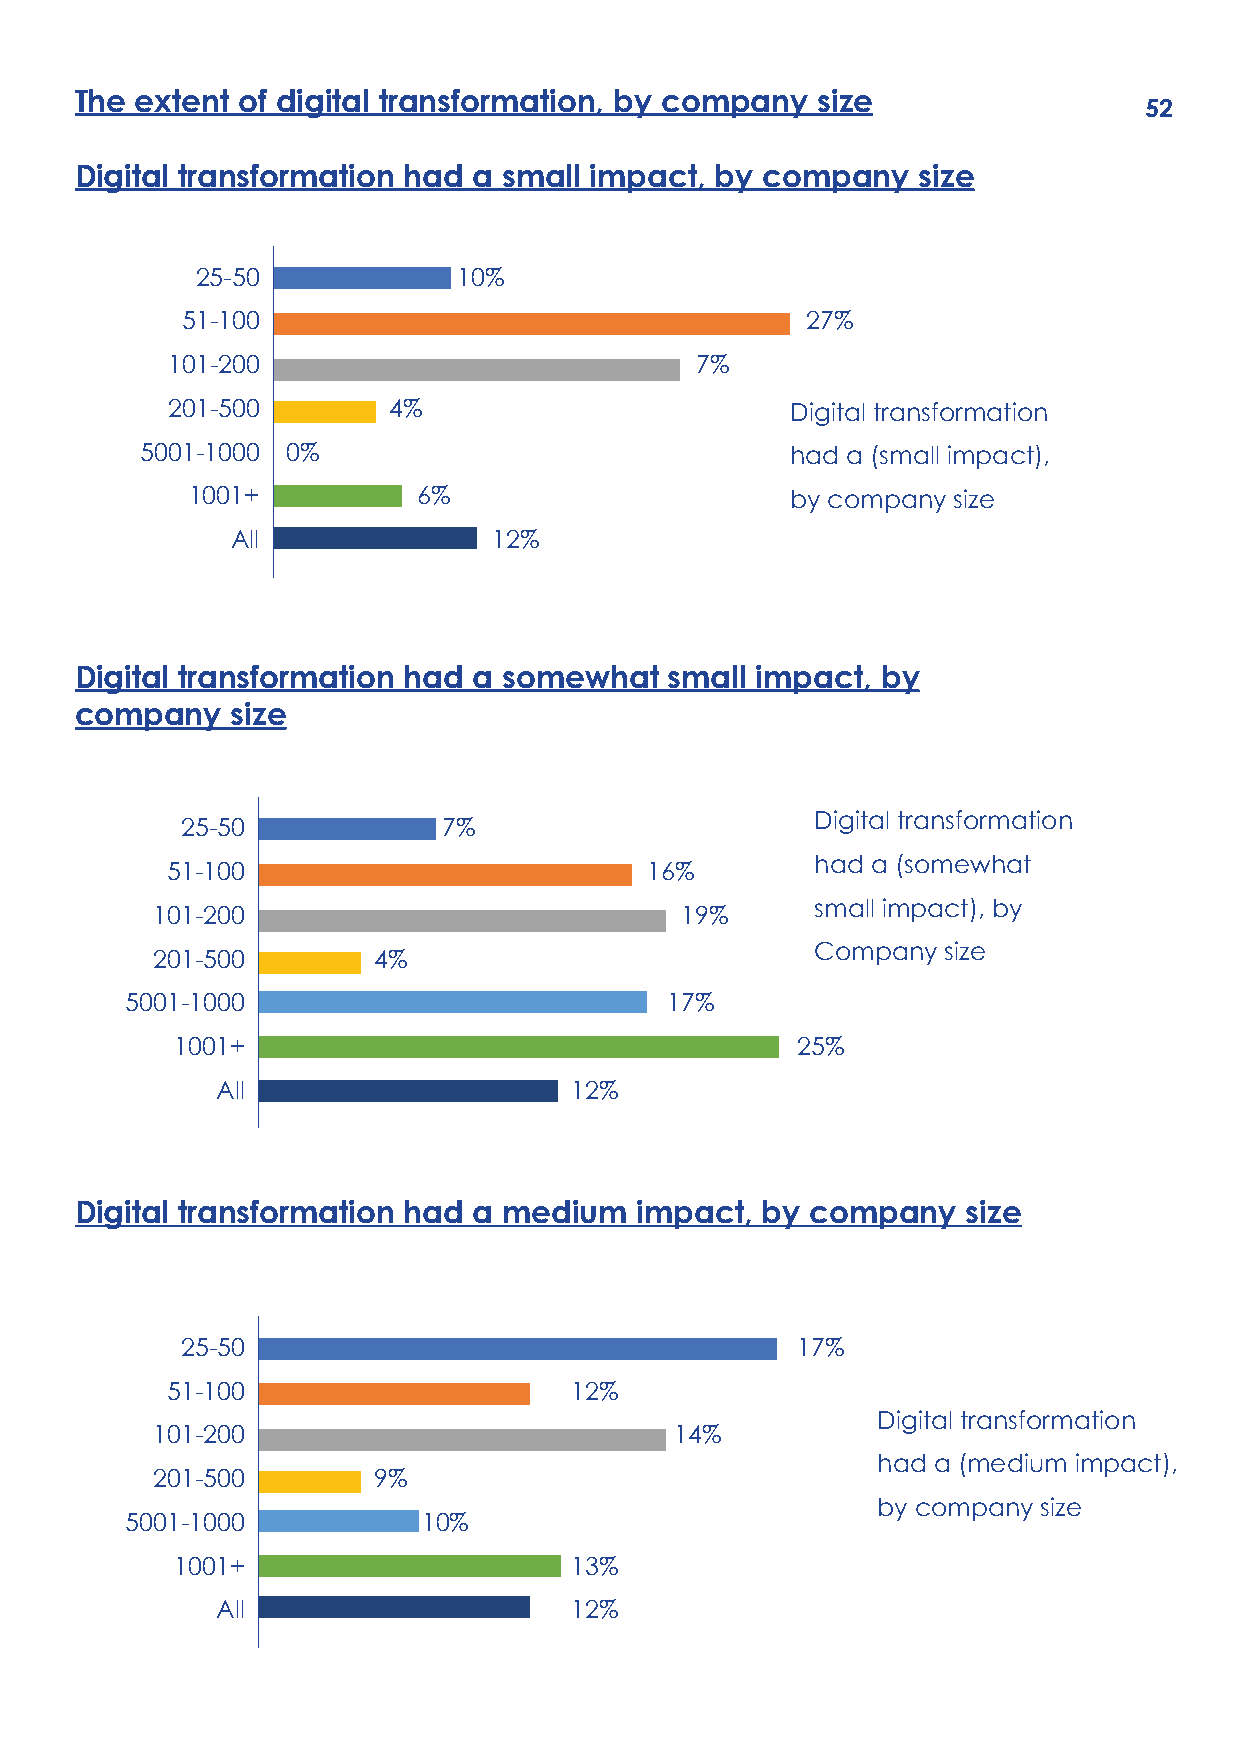
The extent of digital transformation, by company size
 52
 Digital transformation had a small impact, by company   size
 25-50            10%
 51-100                                   27%
 101-200                            7%
 201-500        4%                        Digital transform1 a0 ti0 o% n
 5001-1000 0%                               had a (small impact),
 1001+           6%                      by company size
 All               12%
 Digital transformation had a somewhat  small impact, by
 company   size
 Digital transformation
 25-50            7%
 had a (somewhat
 51-100                          16%
 small impact), by
 101-200                            19%
 201-500        4%
 Company size100%
 5001-1000                           17%
 1001+                                    25%
 All                     12%
 Digital transformation had a medium  impact, by  company   size
 25-50                                    17%
 51-100                     12%
 Digital transformation
 101-200                            14%
 had a (medium impact),
 201-500        9%                                     100%
 by company size
 5001-1000           10%
 1001+                     13%
 All                     12%